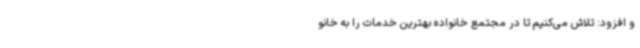
و افزود: تلاش می‌کنیم تا در مجتمع خانواده بهترین خدمات را به خانو